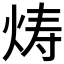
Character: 𬊍